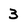
Character: 3